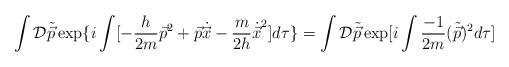
LaTeX: \begin{align*}\int {\cal D}\tilde{\vec{p}}\exp\{ i\int [- \frac{h}{2m}{\vec{p}}^{2} + \vec{p}\dot{\vec{x}} - \frac{m}{2h}{\dot{\vec{x}}}^{2}] d\tau\}= \int {\cal D}\tilde{\vec{p}}\exp [ i\int \frac{-1}{2m}(\tilde{\vec{p}})^{2} d\tau]\end{align*}